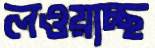
লওয়াচ্ছ